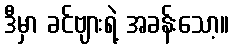
ဒီမှာ ခင်ဗျားရဲ့ အခန်းသော့။